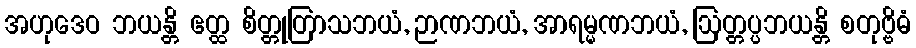
အဟုဒေဝ ဘယန္တိ ဧတ္ထ စိတ္တုတြာသဘယံ, ဉာဏဘယံ, အာရမ္မဏဘယံ, ဩတ္တပ္ပဘယန္တိ စတုဗ္ဗိဓံ